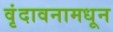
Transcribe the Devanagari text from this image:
वृंदावनामधून